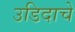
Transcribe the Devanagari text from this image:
उडिदाचे